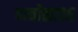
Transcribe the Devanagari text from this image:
पाचोळा३६